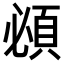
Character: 𬱂